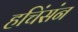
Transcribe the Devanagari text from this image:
हचिंसंन